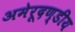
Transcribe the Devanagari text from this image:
अमेरूदण्डीय